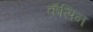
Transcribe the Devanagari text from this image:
कॅसिन